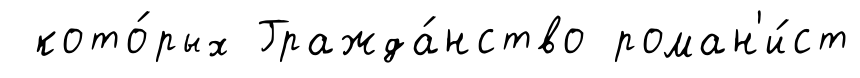
кото́рых Гражда́нство роман'и́ст